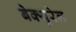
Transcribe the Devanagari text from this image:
बेक्युरेल